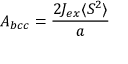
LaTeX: A _ { b c c } = { \frac { 2 J _ { e x } \langle S ^ { 2 } \rangle } { a } }